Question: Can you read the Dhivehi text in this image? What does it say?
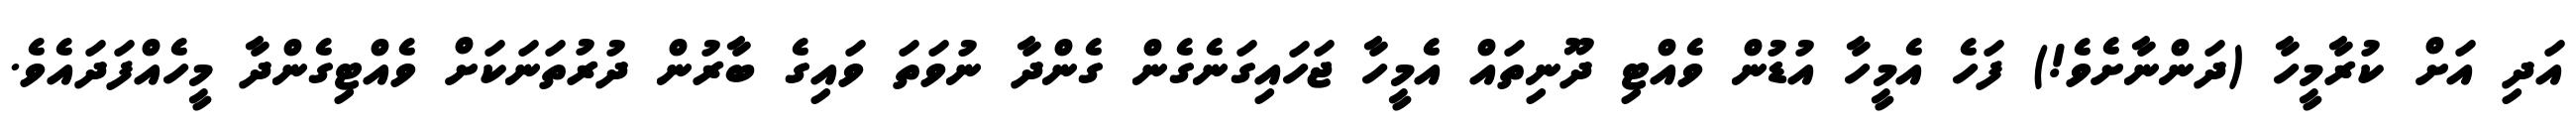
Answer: އަދި އަށް ކުރާމީހާ (ދަންނާށެވެ!) ފަހެ އެމީހާ އުޑުން ވެއްޓި ދޫނިތައް އެމީހާ ޖަހައިގަނެގެން ގެންދާ ނުވަތަ ވައިގެ ބާރުން ދުރުތަނަކަށް ވެއްޓިގެންދާ މީހެއްފަދައެވެ.